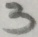
3